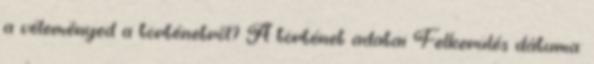
a véleményed a történetről? A történet adatai Felkerülés dátuma: